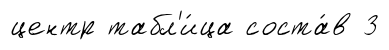
центр табл'и́ца соста́в 3